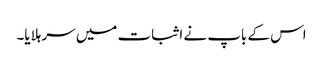
اس کے باپ نے اثبات میں سر ہلایا۔